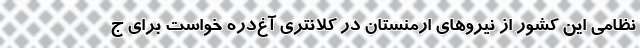
نظامی این کشور از نیروهای ارمنستان در کلانتری آغ‌دره خواست برای ج